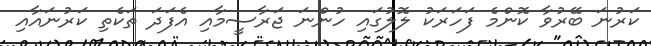
ކަރުނަ ބޭރުވާ ކޮންމެ ފަހަރަކު ލޮލުގައި ހުންނަ ޖަރާސީމާއި އެފަދަ ތަކެތި ކަރުނައާއި